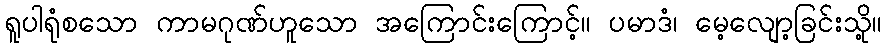
ရူပါရုံစသော ကာမဂုဏ်ဟူသော အကြောင်းကြောင့်။ ပမာဒံ၊ မေ့လျော့ခြင်းသို့။